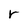
Character: r